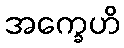
အက္ခေဟိ